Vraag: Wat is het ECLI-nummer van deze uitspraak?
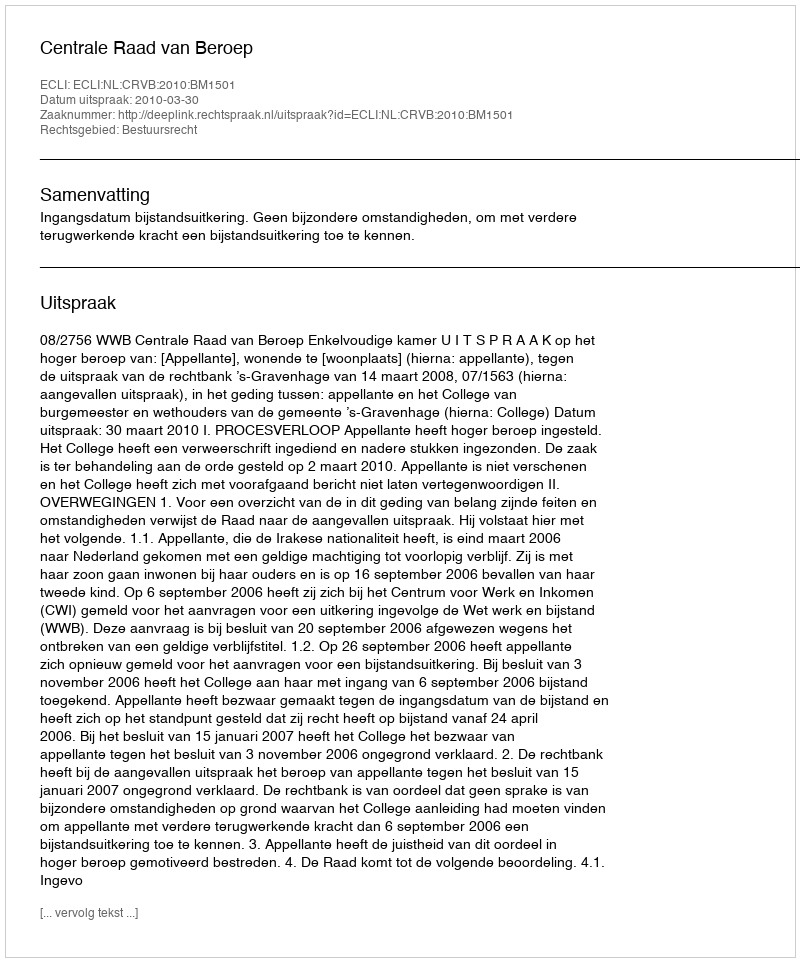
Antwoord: ECLI:NL:CRVB:2010:BM1501